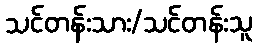
သင်တန်းသား/သင်တန်းသူ